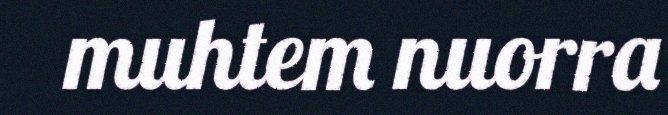
muhtem nuorra